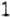
1